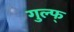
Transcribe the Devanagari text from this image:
गुल्फ्